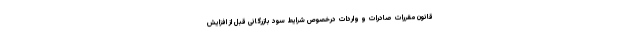
قانون مقررات صادرات و واردات درخصوص شرایط سود بازرگانی قبل از افزایش